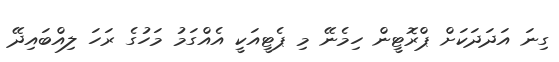
ގިނަ އަދަދަކަށް ޕްރޮޓީން ހިމެނޭ މި ޕެޓީއަކީ އެއްގަމު މަހުގެ ރަހަ ލިއްބައިދޭ